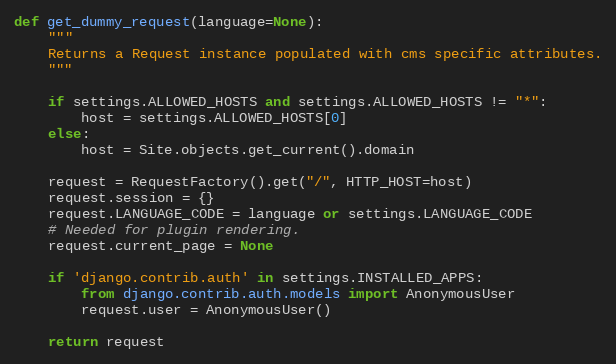
Language: Python
def get_dummy_request(language=None):
    """
    Returns a Request instance populated with cms specific attributes.
    """

    if settings.ALLOWED_HOSTS and settings.ALLOWED_HOSTS != "*":
        host = settings.ALLOWED_HOSTS[0]
    else:
        host = Site.objects.get_current().domain

    request = RequestFactory().get("/", HTTP_HOST=host)
    request.session = {}
    request.LANGUAGE_CODE = language or settings.LANGUAGE_CODE
    # Needed for plugin rendering.
    request.current_page = None

    if 'django.contrib.auth' in settings.INSTALLED_APPS:
        from django.contrib.auth.models import AnonymousUser
        request.user = AnonymousUser()

    return request